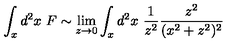
\int _ { x } d ^ { 2 } x \ F \sim \lim _ { z \rightarrow 0 } \int _ { x } d ^ { 2 } x \ { \frac { 1 } { z ^ { 2 } } } { \frac { z ^ { 2 } } { ( x ^ { 2 } + z ^ { 2 } ) ^ { 2 } } }